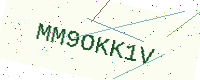
Text: MM9OKK1V